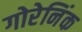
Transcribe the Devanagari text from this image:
गोरेनिंक